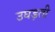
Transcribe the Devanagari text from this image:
उघड़ती